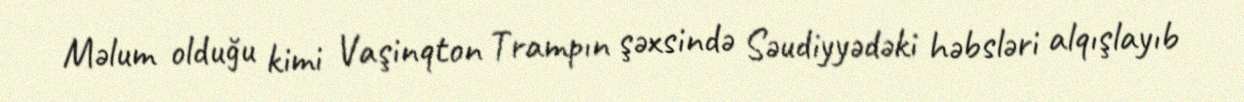
Məlum olduğu kimi Vaşinqton Trampın şəxsində Səudiyyədəki həbsləri alqışlayıb